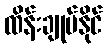
ထိန်းချုပ်နိုင်